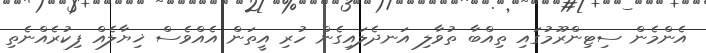
އެންމެން ސިޓިންރޫމުގައި ތިއްބާ ތުވާލި އަނދެލައިގެން ހުރި އީތަން އެއްވެސް ޚިޔާލެއް ފިކުރެއްނެތި